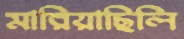
মারিয়াছিলি